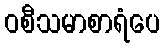
ဝစီသမာစာရံပေ